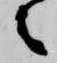
之